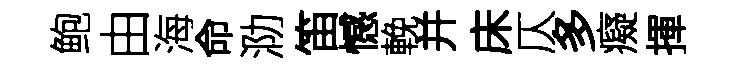
鲍由海命泐笛憾輓并床仄多癡揮